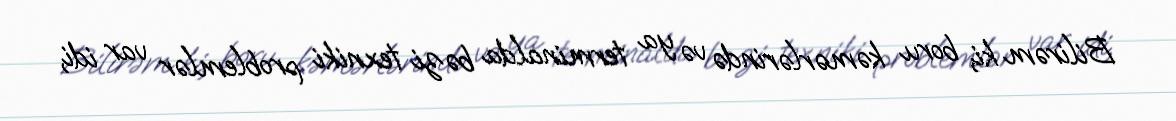
Bilirəm ki, boru kəmərlərində və ya terminalda bəzi texniki problemlər var idi,